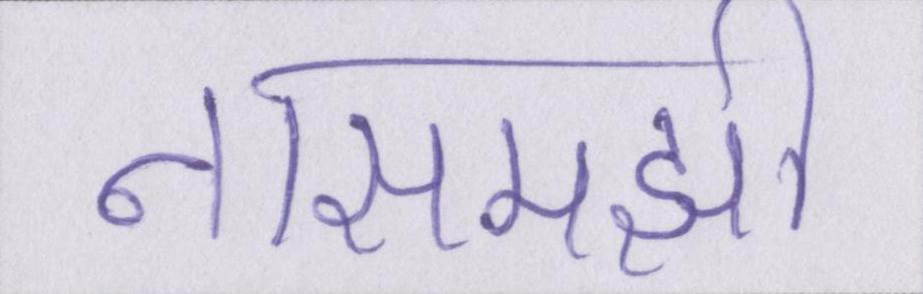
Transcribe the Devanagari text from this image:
नासमझी